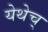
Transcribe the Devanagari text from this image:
येथेच्